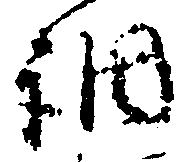
調